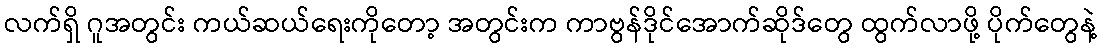
လက်ရှိ ဂူအတွင်း ကယ်ဆယ်ရေးကိုတော့ အတွင်းက ကာဗွန်ဒိုင်အောက်ဆိုဒ်တွေ ထွက်လာဖို့ ပိုက်တွေနဲ့